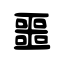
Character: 噩